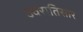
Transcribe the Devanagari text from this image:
ज्वरातिसार